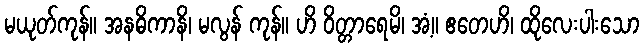
မယုတ်ကုန်။ အနဓိကာနိ၊ မလွန် ကုန်။ ဟိ ဝိတ္တာရေမိ၊ အံ့။ ဧတေဟိ၊ ထိုလေးပါးသော